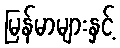
မြန်မာများနှင့်